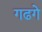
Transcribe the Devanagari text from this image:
गढगे